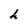
Character: h